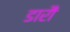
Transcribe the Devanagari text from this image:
डारौं